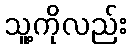
သူ့ကိုလည်း